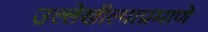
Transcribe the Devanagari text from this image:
उल्लेखील्याप्रमाणे